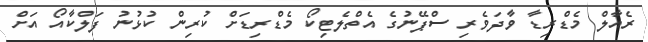
ރެއާލް މެޑްރިޑާ ވާދަވެރި ސްޕޭނުގެ އެތްލެޓިކޯ މެޑްރިޑަށް ކުރިން ކުޅުނު ފަލްކާއޯ އަށް